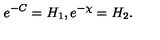
e ^ { - C } = H _ { 1 } , e ^ { - \chi } = H _ { 2 } .